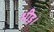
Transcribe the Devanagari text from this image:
भीड़़।